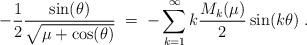
LaTeX: \begin{align*}-\frac{1}{2} \frac{ \sin(\theta)}{\sqrt{ \mu + \cos(\theta)}} \;= \; - \sum_{k=1}^\infty k \frac{M_k(\mu)}{2} \sin(k\theta) \; .\end{align*}